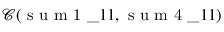
\mathcal { C } ( \mathrm { ~ s ~ u ~ m ~ 1 ~ } \_ { 1 1 } , \mathrm { ~ s ~ u ~ m ~ 4 ~ } \_ { 1 1 } )